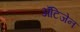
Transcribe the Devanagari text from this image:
ॲंटिजेन